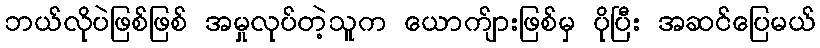
ဘယ်လိုပဲဖြစ်ဖြစ် အမှုလုပ်တဲ့သူက ယောက်ျားဖြစ်မှ ပိုပြီး အဆင်ပြေမယ်